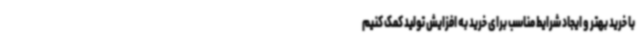
با خرید بهتر و ایجاد شرایط مناسب برای خرید به افزایش تولید کمک کنیم